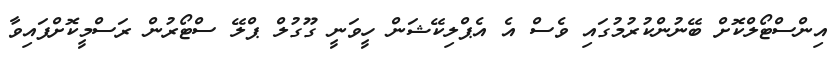
އިންސްޓޯލްކޮށް ބޭނުންކުރުމުގައި ވެސް އެ އެޕްލިކޭޝަން ހީވަނީ ގޫގުލް ޕްލޭ ސްޓޯރުން ރަސްމީކޮށްފައިވާ